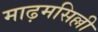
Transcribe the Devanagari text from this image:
माढ़मसिल्ली